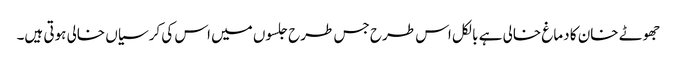
جھوٹے خان کا دماغ خالی ہے بالکل اس طرح جس طرح جلسوں میں اس کی کرسیاں خالی ہوتی ہیں۔